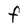
Character: F